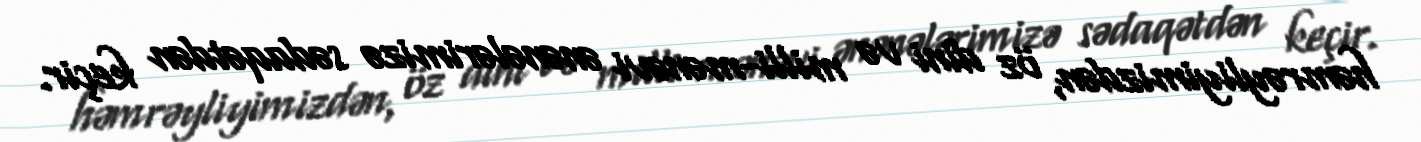
həmrəyliyimizdən, öz dini və milli-mənəvi ənənələrimizə sədaqətdən keçir.